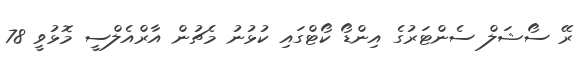
ރޭ ސޯޝަލް ސެންޓަރުގެ އިންޑޯ ކޯޓްގައި ކުޅުނު މެޗުން އާރްއެލްސީ މޮޅުވީ 78